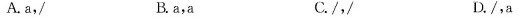
A. a,/ B. a,a C./,/ D./,a